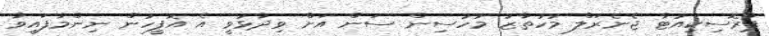
ޕްރޮސިކިއުޓާ ޖެނެރަލް މުހުތާޒު މުހުސިން ސަން އަށް ވިދާޅުވީ އެ އޮފީހުން ނިންމާފައިވާ